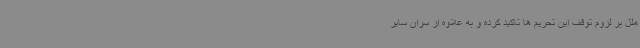
ملل بر لزوم توقف این تحریم ها تاکید کرده و به علاوه از سران سایر